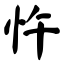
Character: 忤